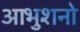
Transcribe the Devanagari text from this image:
आभुशनो